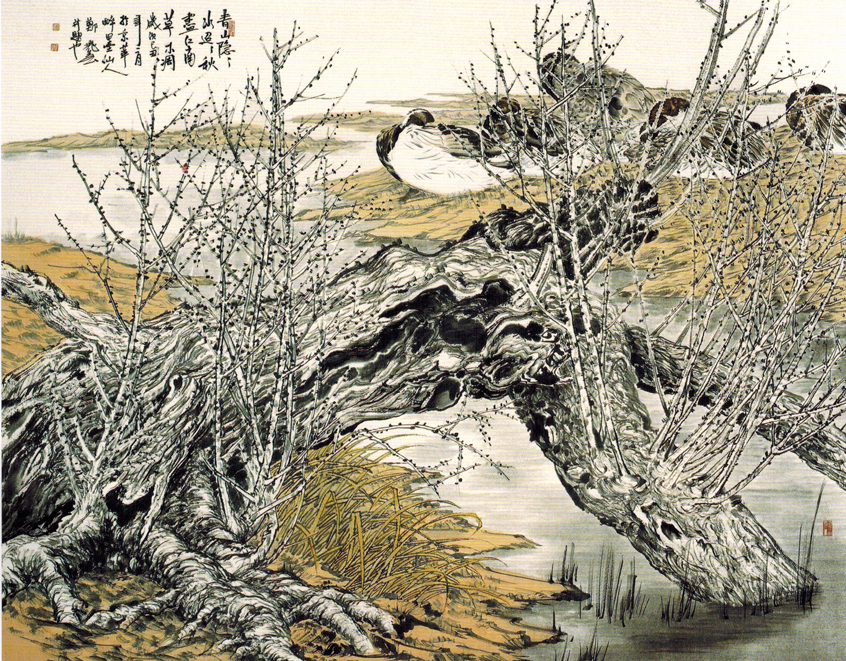
青山隐隐水迢迢，秋尽江南草未凋。